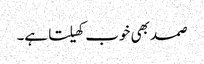
صمد بھی خوب کھیلتا ہے۔